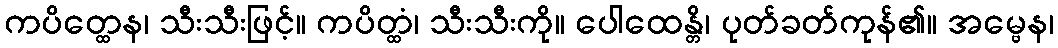
ကပိတ္ထေန၊ သီးသီးဖြင့်။ ကပိတ္ထံ၊ သီးသီးကို။ ပေါထေန္တိ၊ ပုတ်ခတ်ကုန်၏။ အမ္ဗေန၊